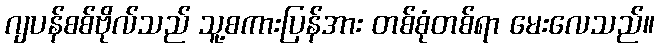
ဂျပန်စစ်ဗိုလ်သည် သူ့စကားပြန်အား တစ်စုံတစ်ရာ မေးလေသည်။